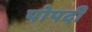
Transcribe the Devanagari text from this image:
पोपदी